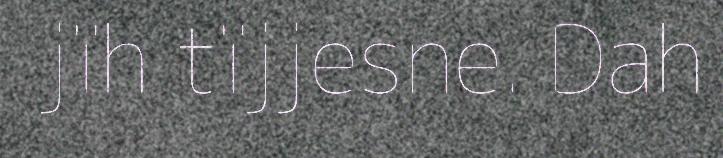
jïh tïjjesne. Dah